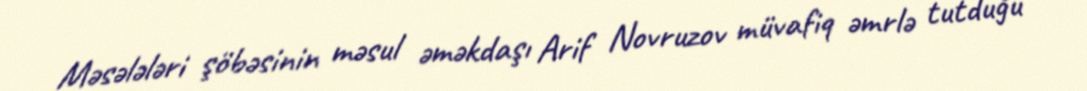
Məsələləri şöbəsinin məsul əməkdaşı Arif Novruzov müvafiq əmrlə tutduğu